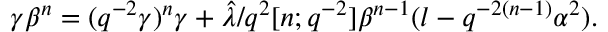
\gamma \beta ^ { n } = ( q ^ { - 2 } \gamma ) ^ { n } \gamma + \hat { \lambda } / q ^ { 2 } [ n ; q ^ { - 2 } ] \beta ^ { n - 1 } ( l - q ^ { - 2 ( n - 1 ) } \alpha ^ { 2 } ) .